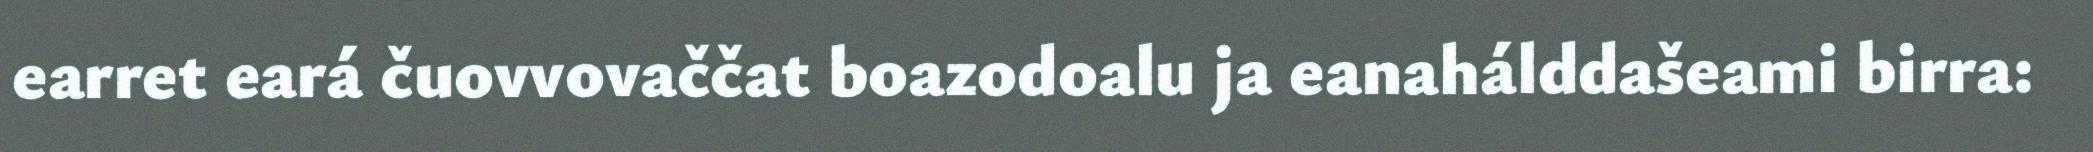
earret eará čuovvovaččat boazodoalu ja eanahálddašeami birra: